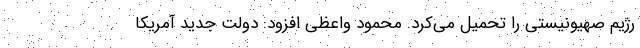
رژیم صهیونیستی را تحمیل می‌کرد. محمود واعظی افزود: دولت جدید آمریکا